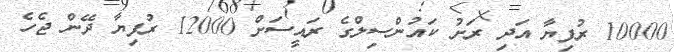
10000 ރުފިޔާ އަދި ރަށު ކައުންސިލްގެ ރައީސަށް 12000 ރުފިޔާ ދޭން ޖެހެ